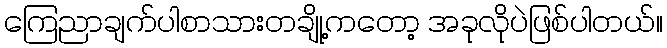
ကြေညာချက်ပါစာသားတချို့ကတော့ အခုလိုပဲဖြစ်ပါတယ်။